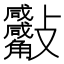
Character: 𣁀